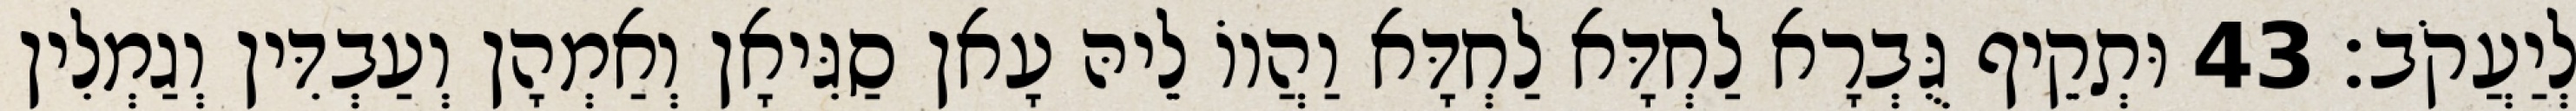
לְיַעֲקֹב׃ 43 וּתְקֵיף גֻּבְרָא לַחְדָּא לַחְדָּא וַהֲווֹ לֵיהּ עָאן סַגִּיאָן וְאַמְהָן וְעַבְדִּין וְגַמְלִין